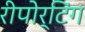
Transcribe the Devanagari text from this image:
रीपोर्टिंग